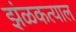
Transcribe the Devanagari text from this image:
झंळकत्याल